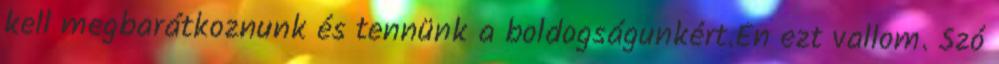
kell megbarátkoznunk és tennünk a boldogságunkért.Én ezt vallom. Szó